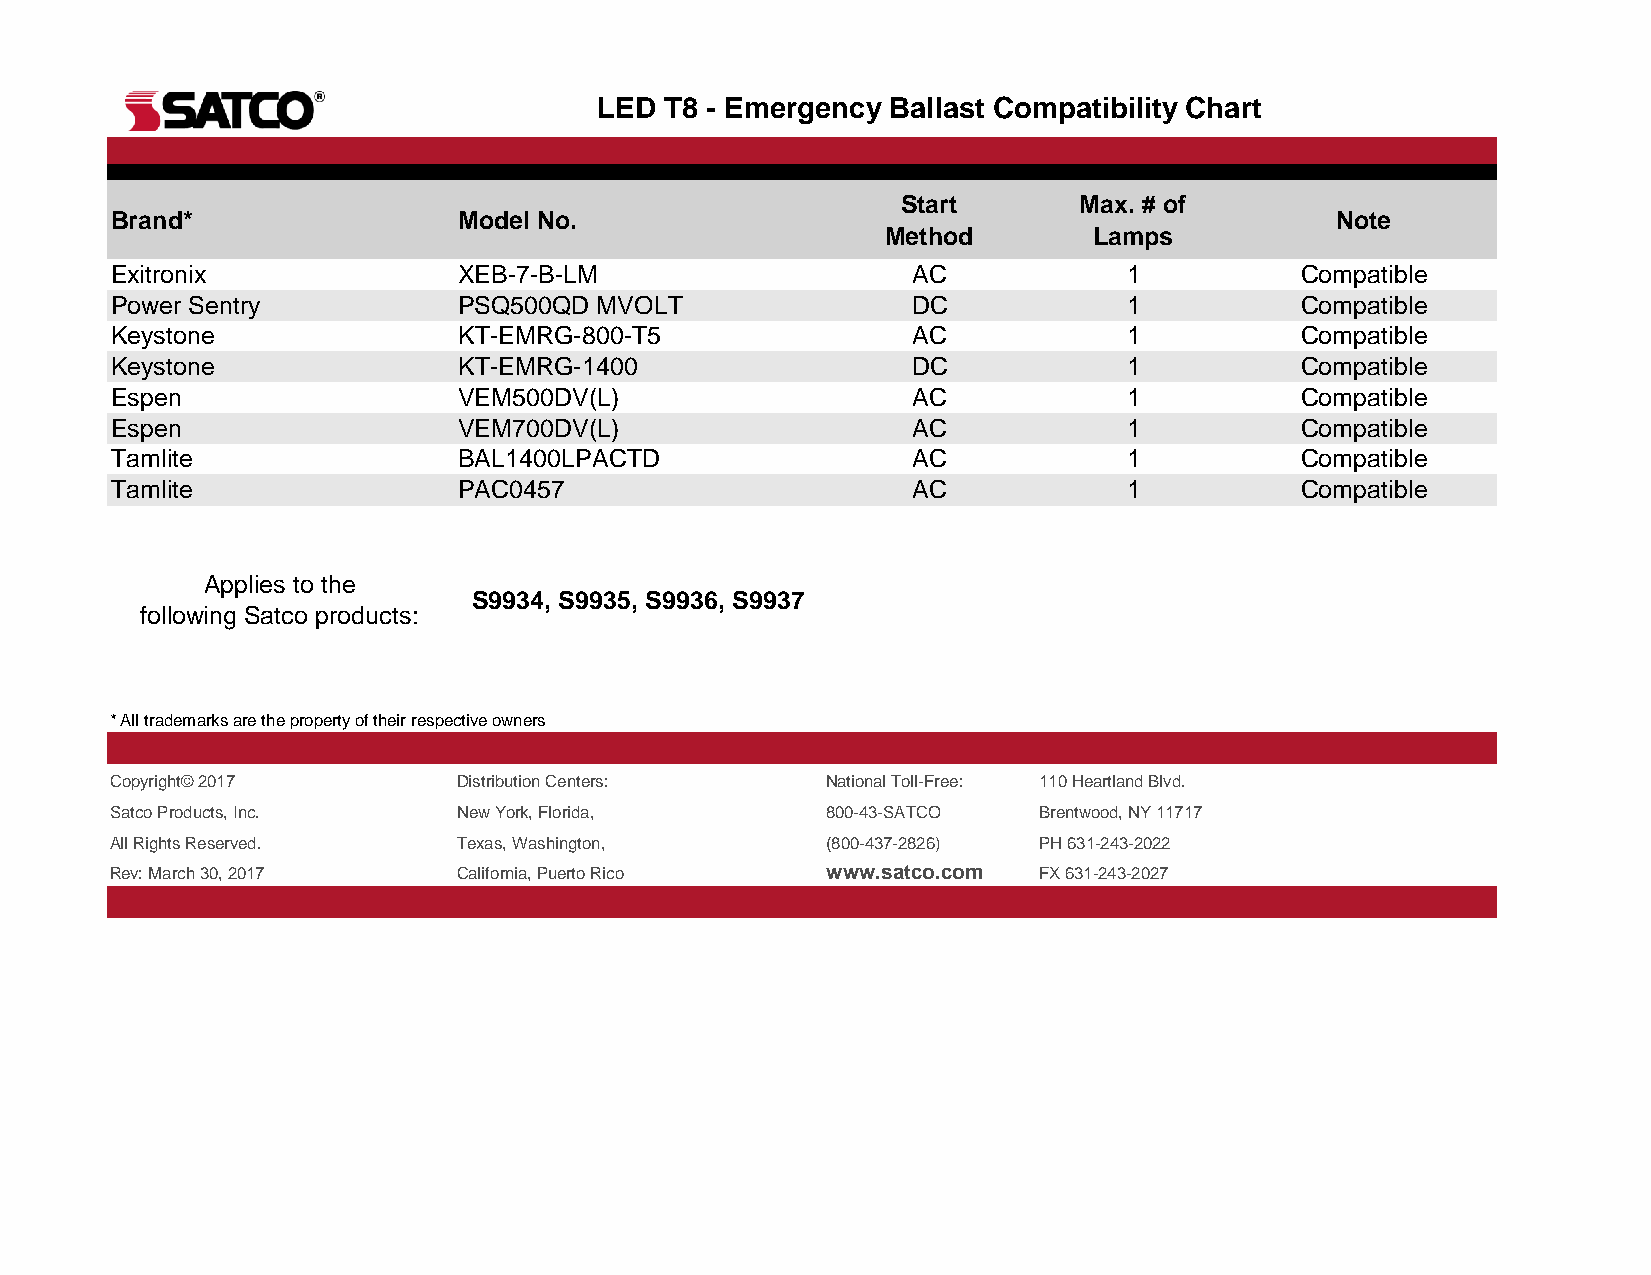
LED T8 - Emergency Ballast Compatibility Chart
 Start      Max. # of
 Brand*                 Model No.                                                 Note
 Method       Lamps
 Exitronix              XEB-7-B-LM                    AC             1          Compatible
 Power Sentry           PSQ500QD  MVOLT               DC             1          Compatible
 Keystone               KT-EMRG-800-T5                AC             1          Compatible
 Keystone               KT-EMRG-1400                  DC             1          Compatible
 Espen                  VEM500DV(L)                   AC             1          Compatible
 Espen                  VEM700DV(L)                   AC             1          Compatible
 Tamlite                BAL1400LPACTD                 AC             1          Compatible
 Tamlite                PAC0457                       AC             1          Compatible
 Applies to the
 S9934, S9935, S9936, S9937
 following Satco products:
 * All trademarks are the property of their respective owners
 Copyright© 2017        Distribution Centers:    National Toll-Free: 110 Heartland Blvd.
 Satco Products, Inc.   New York, Florida,       800-43-SATCO  Brentwood, NY 11717
 All Rights Reserved.   Texas, Washington,       (800-437-2826) PH 631-243-2022
 Rev: March 30, 2017    California, Puerto Rico  www.satco.com FX 631-243-2027